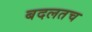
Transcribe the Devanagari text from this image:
बदलतच